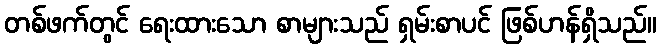
တစ်ဖက်တွင် ရေးထားသော စာများသည် ရှမ်းစာပင် ဖြစ်ဟန်ရှိသည်။